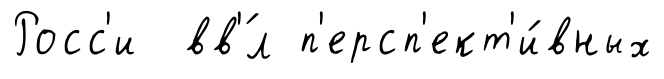
Росс'и вв'́л п'ерсп'ект'и́вных